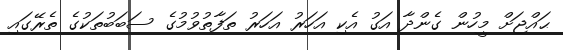
ޙައްޖަށް މީހުން ގެންދާ އަގު އެކި އަހަރު އަހަރު ތަފާތުވުމުގެ ސަބަބުތަކުގެ ތެރޭގައި